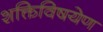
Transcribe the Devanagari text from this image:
शक्तिविषयेण